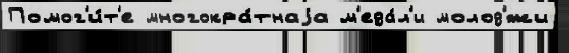
Помог'и́т'е многокра́тнаjа м'еда́л'и молод'́жи